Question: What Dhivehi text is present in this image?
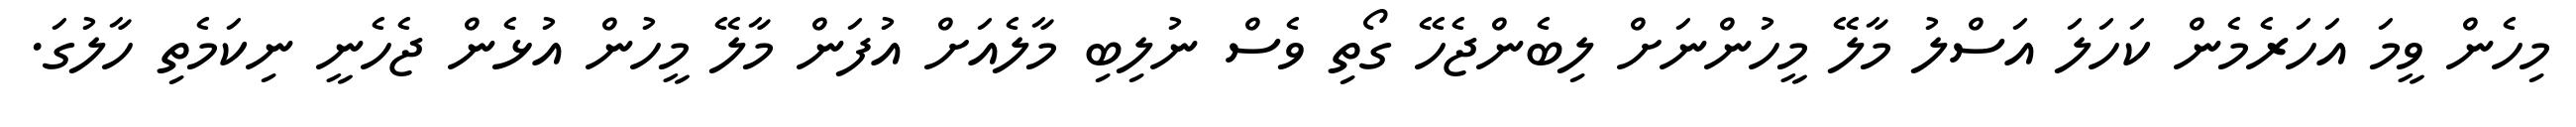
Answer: މިހެން ވީމަ އަހަރެމެން ކަހަލަ އަސްލު މާލޭ މީހުންނަށް ލިބެންޖެހޭ ގޯތި ވެސް ނުލިބި މާލެއަށް އުފަން މާލޭ މީހުން އުޅެން ޖެހެނީ ނިކަމެތި ހާލުގަ.